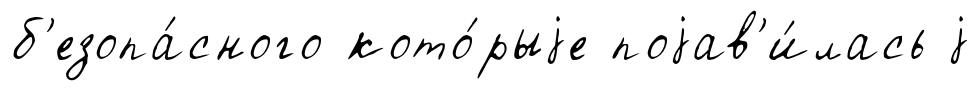
б'езопа́сного кото́рыjе поjав'и́лась j